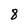
Character: 8